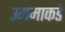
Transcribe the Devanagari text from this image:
उगमाकडे